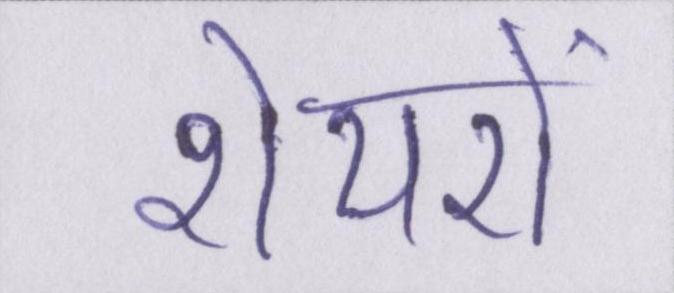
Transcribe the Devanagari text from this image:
शेयरों